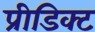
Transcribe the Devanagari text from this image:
प्रीडिक्ट